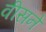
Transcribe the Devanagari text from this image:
वीसने